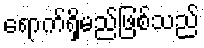
ရောက်ရှိမည်ဖြစ်သည်